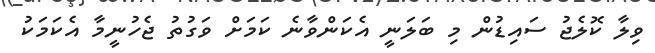
ވިލާ ކޮލެޖު ސައިޑުން މި ބަލަނީ އެކަންވާނެ ކަމަށް ވަގުތު ޖެހުނީމާ އެކަމަކު